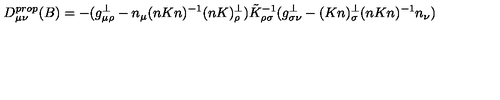
D _ { \mu \nu } ^ { p r o p } ( B ) = - ( g _ { \mu \rho } ^ { \perp } - n _ { \mu } ( n K n ) ^ { - 1 } ( n K ) _ { \rho } ^ { \perp } ) \tilde { K } _ { \rho \sigma } ^ { - 1 } ( g _ { \sigma \nu } ^ { \perp } - ( K n ) _ { \sigma } ^ { \perp } ( n K n ) ^ { - 1 } n _ { \nu } )